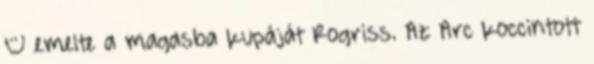
– emelte a magasba kupáját Rogriss. Az Arc koccintott